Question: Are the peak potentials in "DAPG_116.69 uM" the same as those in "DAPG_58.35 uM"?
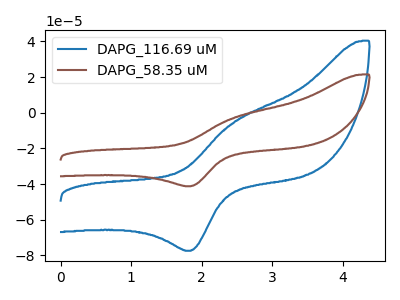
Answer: <think>The blue curve "DAPG_116.69 uM" has an anodic peak at (2.45V, -5.25uA) and a cathodic peak at (1.85V, -77.35uA). The brown curve "DAPG_58.35 uM" has an anodic peak at (2.45V, -2.80uA) and a cathodic peak at (1.85V, -41.20uA).</think>
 <answer>Yes, "DAPG_116.69 uM" have a peak in "DAPG_58.35 uM" at the same potential.</answer>
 <eval>match</eval>